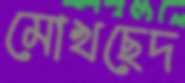
মোখছেদ